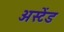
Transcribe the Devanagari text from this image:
अस्टेंड